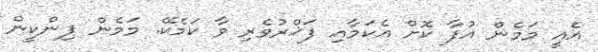
އެއީ މަމެން އުފާ ކޮށް އެކަމާއި ފަޚްރުވެރި ވާ ކަމެކޭ. މަމެން ޕިންކީން